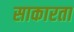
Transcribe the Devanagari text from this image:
साकारता